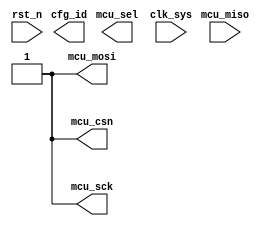
//smuc.v

module smcu(
mcu_csn,
mcu_sck,
mcu_miso,
mcu_mosi,
mcu_sel,
cfg_id,
//clk rst
clk_sys,
rst_n
);
//mcu port
output mcu_csn;
output mcu_sck;
input  mcu_miso;
output mcu_mosi;
output mcu_sel;
output cfg_id;
//clk rst
input clk_sys;
input rst_n;
//--------------------------------------------
//--------------------------------------------

//reg sck;


reg sck;
reg csn;
reg mosi;

initial begin
	sck <= 1'b1;
	csn <= 1'b1;
	mosi <= 1'b1;
end

task sck_gen;
input [7:0]	data;
begin
				csn <= 1'b0;
	#500  sck <= 1'b0;
				mosi <= data[7];
	#200	sck <= 1'b1;
	#200	sck <= 1'b0;
				mosi <= data[6];
	#200	sck <= 1'b1;
	#200	sck <= 1'b0;
				mosi <= data[5];
	#200	sck <= 1'b1;
	#200	sck <= 1'b0;
				mosi <= data[4];
	#200	sck <= 1'b1;
	#200	sck <= 1'b0;
				mosi <= data[3];
	#200	sck <= 1'b1;
	#200	sck <= 1'b0;
				mosi <= data[2];
	#200	sck <= 1'b1;
	#200	sck <= 1'b0;
				mosi <= data[1];
	#200	sck <= 1'b1;
	#200	sck <= 1'b0;
				mosi <= data[0];
	#200	sck <= 1'b1;
	#500  csn <= 1'b1;
				mosi <= 1'b1;
end
endtask



initial begin
		#5000 sck_gen(8'h54);
		#5000 sck_gen(8'h85);
end


wire mcu_sck;
wire mcu_csn;
wire mcu_mosi;
assign mcu_csn = csn;
assign mcu_sck = sck;
assign mcu_mosi = mosi;




endmodule